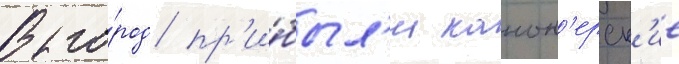
В го́род пр'и́был'и канон'ерск'ие